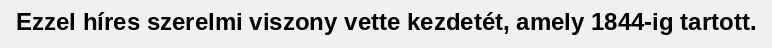
Ezzel híres szerelmi viszony vette kezdetét, amely 1844-ig tartott.